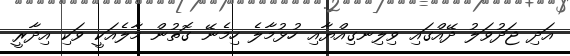
އަދި ޖަދުވަލު ދޭއްގައި ވިލިނގިއްޔާއި ހުޅުމާލެ ހިމެނޭ ގޮތުން މާލެއަކީ ވަކި އިދާރީ